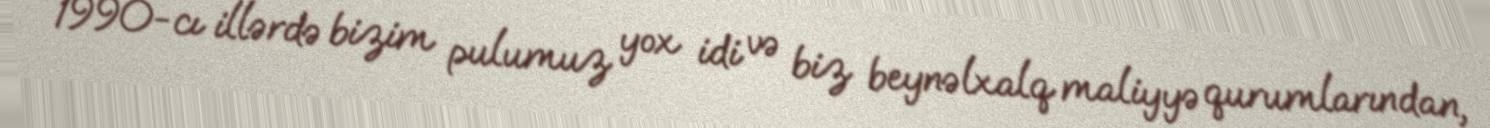
1990-cı illərdə bizim pulumuz yox idi və biz beynəlxalq maliyyə qurumlarından,